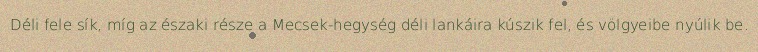
Déli fele sík, míg az északi része a Mecsek-hegység déli lankáira kúszik fel, és völgyeibe nyúlik be.